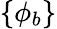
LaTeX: \left\{ \phi_{b}\right\}